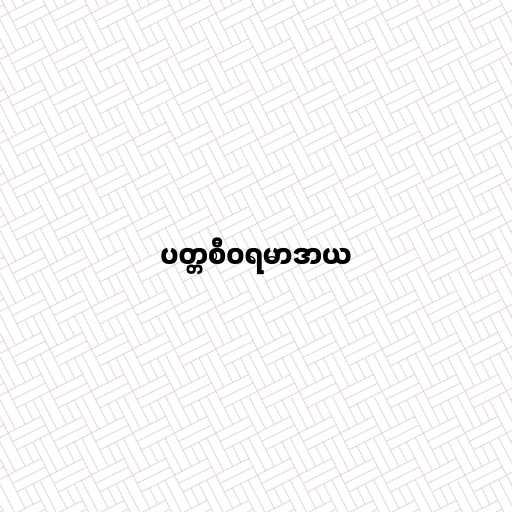
ပတ္တစီဝရမာဒာယ